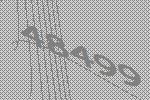
48499